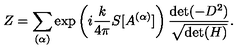
Z = \sum _ { ( \alpha ) } \exp \left( i \frac { k } { 4 \pi } S [ A ^ { ( \alpha ) } ] \right) \frac { \mathrm { d e t } ( - D ^ { 2 } ) } { \sqrt { \mathrm { d e t } ( H ) } } .